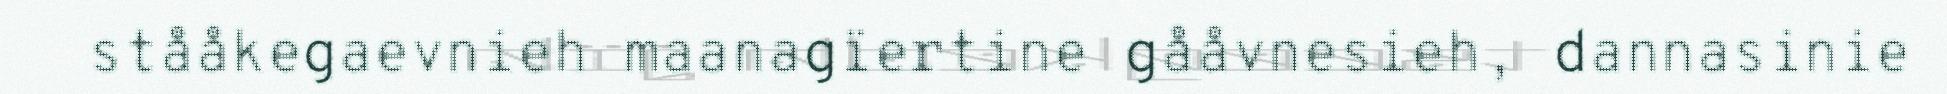
stååkegaevnieh maanagïertine gååvnesieh, dannasinie